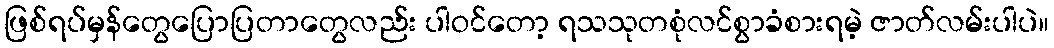
ဖြစ်ရပ်မှန်တွေပြောပြတာတွေလည်း ပါဝင်တော့ ရသသုတစုံလင်စွာခံစားရမဲ့ ဇာတ်လမ်းပါပဲ။